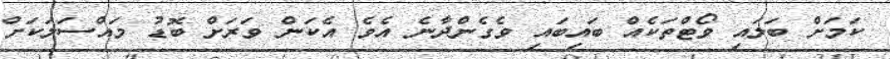
ކަމަށް ބަލައި ވޯޓްތަކެއް ބައިބައި ވެގެންދާނެ އެވެ އެކަން ވަރަށް ބޮޑު މައްސަލަކަށް